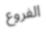
الفروع